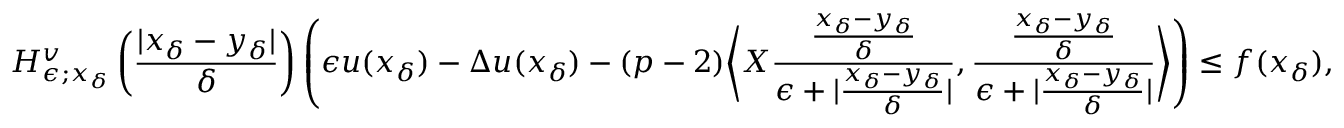
H _ { \epsilon ; x _ { \delta } } ^ { v } \left( \frac { | x _ { \delta } - y _ { \delta } | } { \delta } \right) \left( \epsilon u ( x _ { \delta } ) - \Delta u ( x _ { \delta } ) - ( p - 2 ) \bigg \langle X \frac { \frac { x _ { \delta } - y _ { \delta } } { \delta } } { \epsilon + | \frac { x _ { \delta } - y _ { \delta } } { \delta } | } , \frac { \frac { x _ { \delta } - y _ { \delta } } { \delta } } { \epsilon + | \frac { x _ { \delta } - y _ { \delta } } { \delta } | } \bigg \rangle \right) \leq f ( x _ { \delta } ) ,